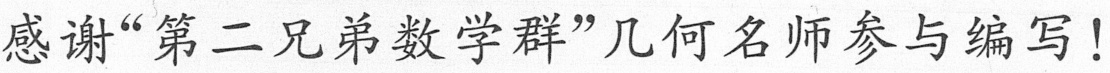
感谢“第二兄弟数学群”几何名师参与编写！